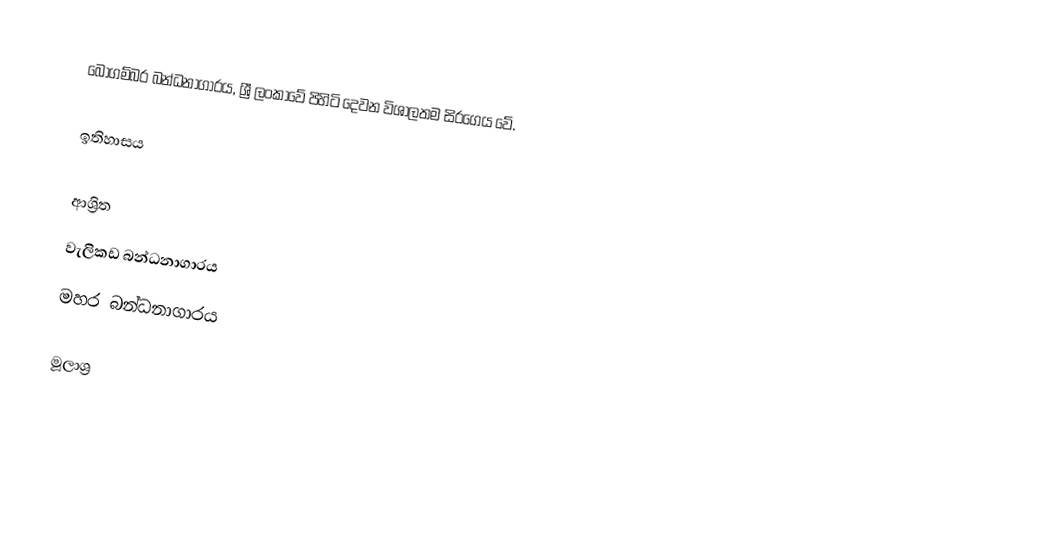
බෝගම්බර බන්ධනාගාරය, ශ්‍රී ලංකාවේ පිහිටි දෙවන විශාලතම සිරගෙය වේ.

ඉතිහාසය

ආශ්‍රිත
වැලිකඩ බන්ධනාගාරය
මහර බන්ධනාගාරය

මූලාශ්‍ර